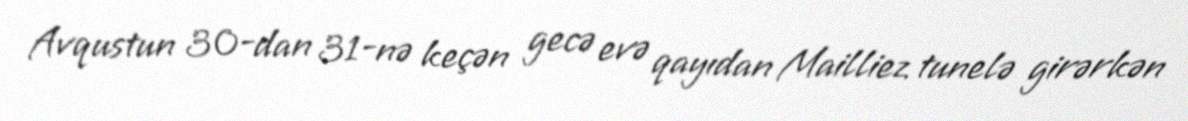
Avqustun 30-dan 31-nə keçən gecə evə qayıdan Mailliez tunelə girərkən